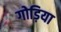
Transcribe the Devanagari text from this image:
गोड़िया